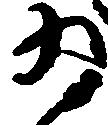
為